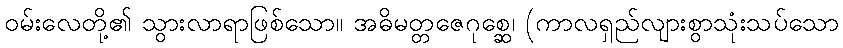
ဝမ်းလေတို့၏ သွားလာရာဖြစ်သော။ အဓိမတ္တဇေဂုစ္ဆေ၊ (ကာလရှည်လျားစွာသုံးသပ်သော